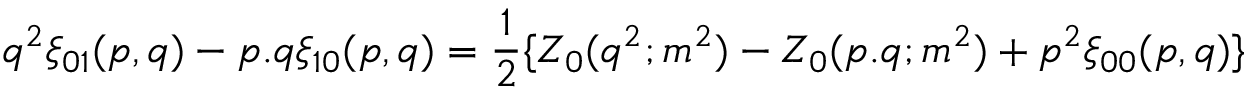
q ^ { 2 } \xi _ { 0 1 } ( p , q ) - p . q \xi _ { 1 0 } ( p , q ) = { \frac { 1 } { 2 } } \{ Z _ { 0 } ( q ^ { 2 } ; m ^ { 2 } ) - Z _ { 0 } ( p . q ; m ^ { 2 } ) + p ^ { 2 } \xi _ { 0 0 } ( p , q ) \}